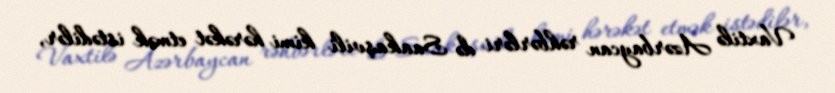
Vaxtilə Azərbaycan rəhbərləri də Saakaşvili kimi hərəkət etmək istədilər,